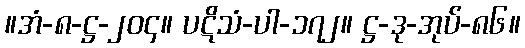
။အံ-၈-ဋ္ဌ-၂၀၄။ ပဋိသံ-ပါ-၁၇၂။ ဋ္ဌ-ဒု-အုပ်-၈၆။